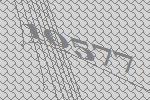
10577